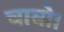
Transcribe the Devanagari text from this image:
चाबो।